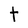
Character: t